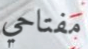
مفتاحي